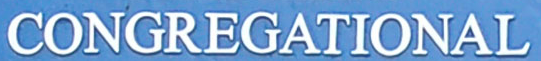
CONGREGATIONAL